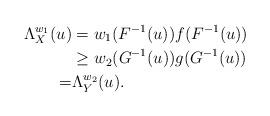
LaTeX: \begin{align*}\Lambda_X^{w_1} (u)&=w_1(F^{-1}(u)) f(F^{-1}(u))\\&\ge w_2(G^{-1}(u)) g(G^{-1}(u))\\=&\Lambda_Y^{w_2} (u).\end{align*}